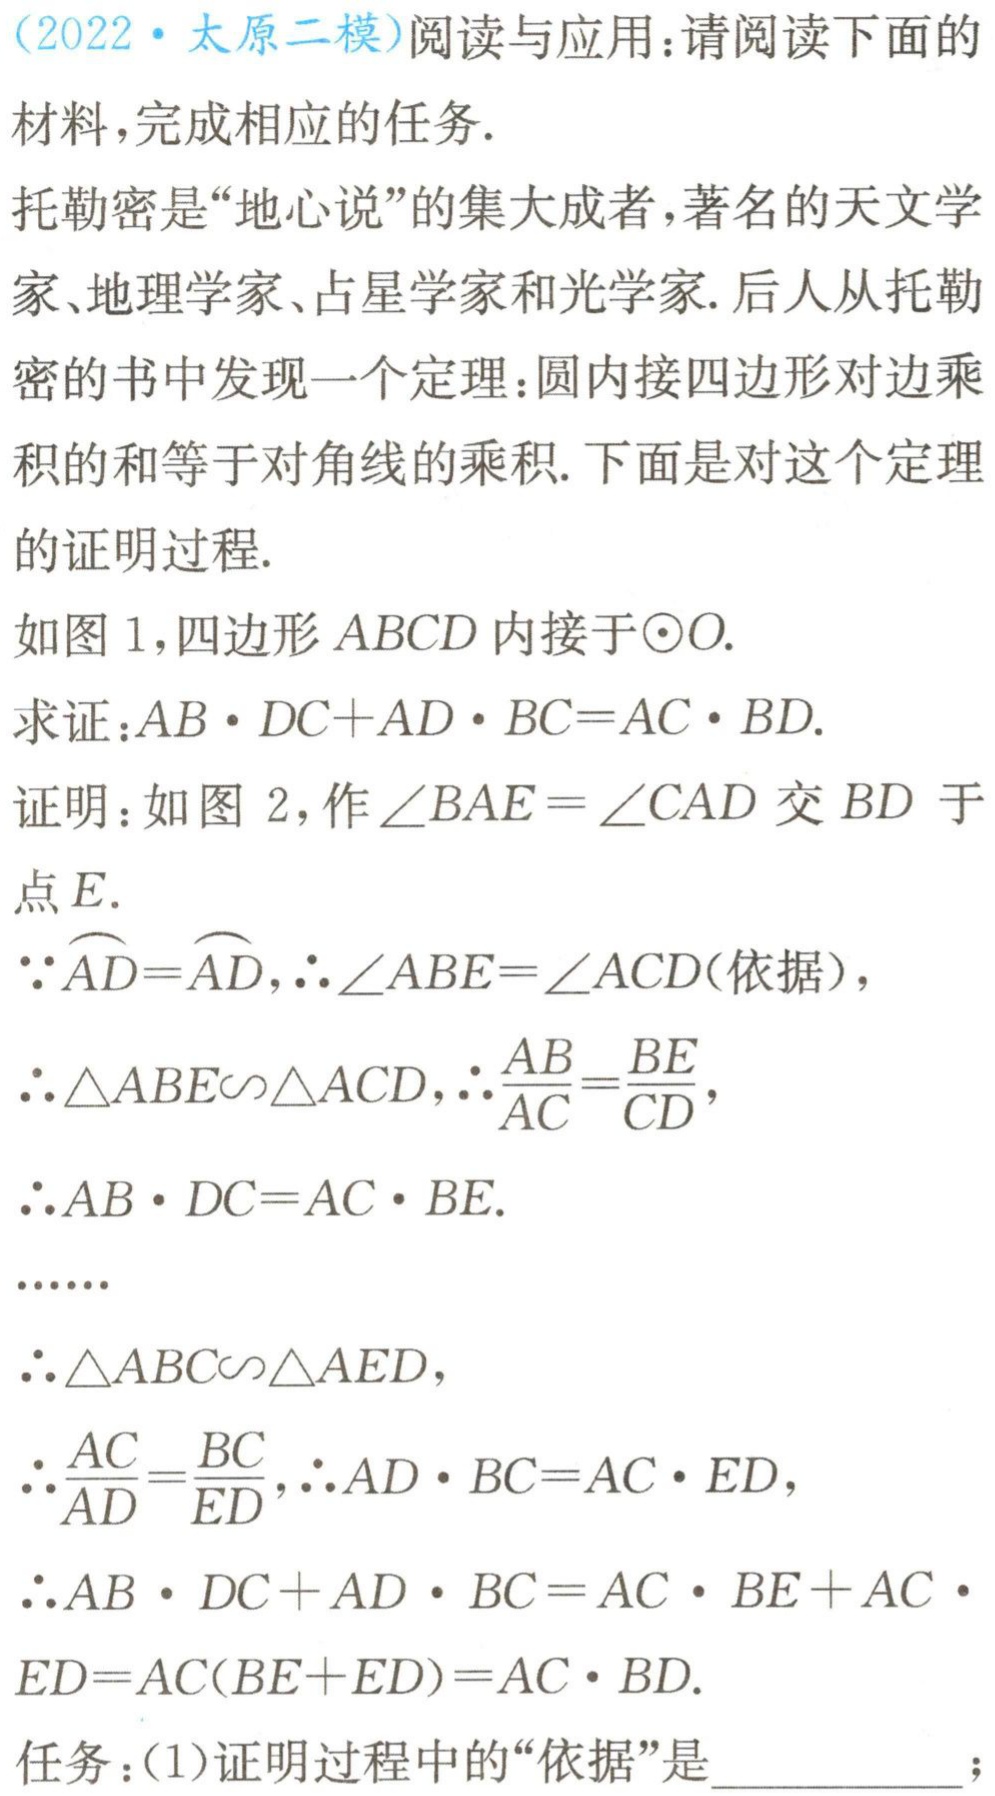
(2022·太原二模)阅读与应用：请阅读下面的
材料，完成相应的任务.
托勒密是“地心说”的集大成者，著名的天文学
家、地理学家、占星学家和光学家. 后人从托勒
密的书中发现一个定理：圆内接四边形对边乘
积的和等于对角线的乘积. 下面是对这个定理
的证明过程.
如图1，四边形\(ABCD\)内接于\(\odot O\).
求证：\(AB\cdot DC + AD\cdot BC=AC\cdot BD\).
证明：如图2，作\(\angle BAE = \angle CAD\)交\(BD\)于
点\(E\).
\(\because\overset{\frown}{AD}=\overset{\frown}{AD}\)，\(\therefore\angle ABE=\angle ACD\)(依据)，
\(\therefore\triangle ABE\backsim\triangle ACD\)，\(\therefore\frac{AB}{AC}=\frac{BE}{CD}\)，
\(\therefore AB\cdot DC = AC\cdot BE\).
……
\(\therefore\triangle ABC\backsim\triangle AED\)，
\(\therefore\frac{AC}{AD}=\frac{BC}{ED}\)，\(\therefore AD\cdot BC = AC\cdot ED\)，
\(\therefore AB\cdot DC + AD\cdot BC = AC\cdot BE + AC\cdot\)
\(ED=AC(BE + ED)=AC\cdot BD\).
任务：(1)证明过程中的“依据”是  ；